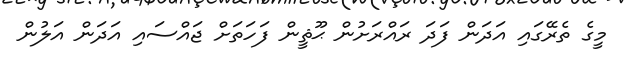
މީގެ ތެރޭގައި އަދަން ފަދަ ރައްރަށުން ޙޫޘީން ފަހަތަށް ޖައްސައި އަދަން އަލުން